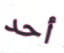
أحد